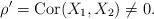
LaTeX: \begin{align*} \rho' = \operatorname{Cor}( X_1, X_2 ) \not = 0.\end{align*}